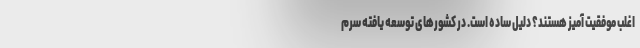
اغلب موفقیت آمیز هستند؟ دلیل ساده است. در کشورهای توسعه یافته سرم